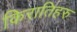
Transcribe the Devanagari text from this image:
किरातिहरु